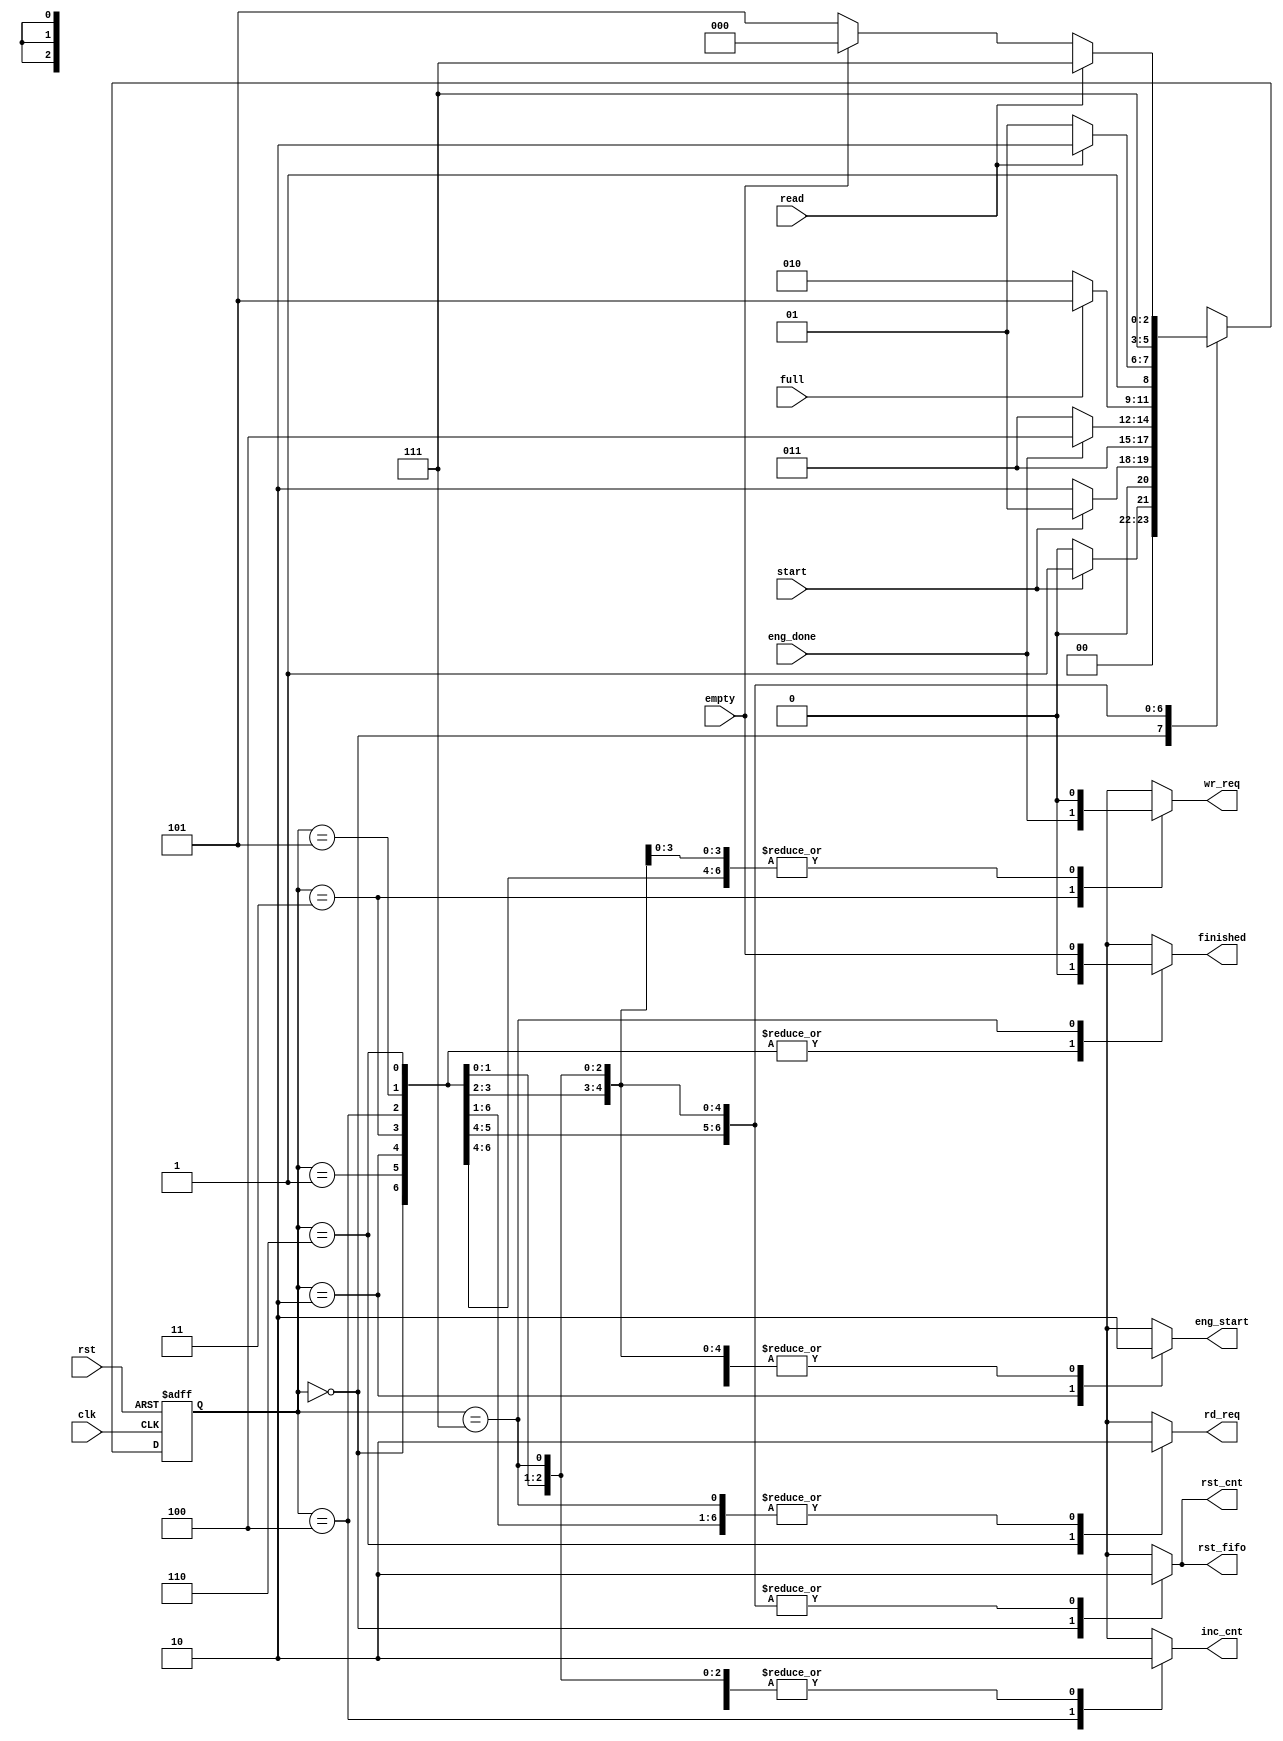
// This program was cloned from: https://github.com/sep-81/Digital-Logic-Design-Lab-Experiments
// License: MIT License

`define init 3'b000
`define wait_s 3'b001
`define beg_cal 3'b010
`define cal 3'b011
`define end_cal 3'b100
`define r_wait 3'b101
`define read_s 3'b110
`define out_cal 3'b111

//cal_done ?
module mycont(clk,rst,rst_cnt,rst_fifo,start,eng_start,eng_done,wr_req,inc_cnt,full,empty,read,rd_req,finished);
  input clk,rst,start,eng_done,full,read,empty;
  output reg rst_cnt,rst_fifo,eng_start,wr_req,inc_cnt,rd_req,finished;
  reg [2:0] ns,ps;
  always @(start,eng_done,full,empty,read) begin
    ns = 0;
    {rst_cnt,rst_fifo,eng_start,wr_req,inc_cnt,rd_req,finished} = 7'b0;
    case (ps)
    `init: begin {rst_cnt,rst_fifo} = 2'b11; ns = (start) ? `wait_s : `init;  end 
    `wait_s: begin ns = start ? `wait_s : `beg_cal; end
    `beg_cal: begin eng_start = 1'b1; ns = `cal; end
    `cal: begin ns = eng_done ? `end_cal : `cal; wr_req = eng_done; end
    `end_cal: begin inc_cnt = 1'b1; ns = (full) ? `r_wait : `beg_cal; end
    `r_wait: begin ns = read ? `read_s : `r_wait; end
    `read_s: begin ns = `out_cal; rd_req = 1'b1; end
    `out_cal: begin ns = (read) ? `out_cal : (empty) ? `init : `r_wait; finished = empty; end

    endcase
  end
  always @(posedge clk,posedge rst) begin
    if(rst) ps <= `init;
    else ps <= ns;
  end
endmodule